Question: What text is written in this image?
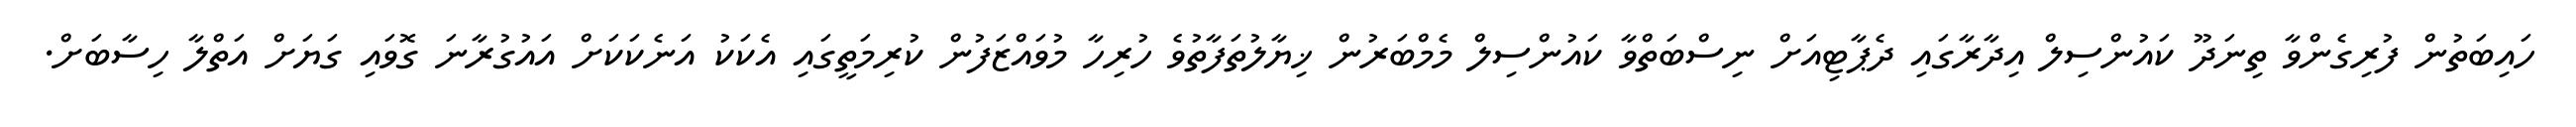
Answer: ހައިބަތުން ފުރިގެންވާ ތިނަދޫ ކައުންސިލް އިދާރާގައި ދެޕާޓިއަށް ނިސްބަތްވާ ކައުންސިލް މެމްބަރުން ޚިޔާލުތަފާތުވެ ހުރިހާ މުވައްޒަފުން ކުރިމަތީގައި އެކަކު އަނެކަކަށް އައުގުރާނަ ގޮވައި ގަޔަށް އަތްލާ ހިސާބަށް.